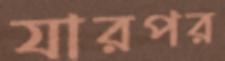
যারপর